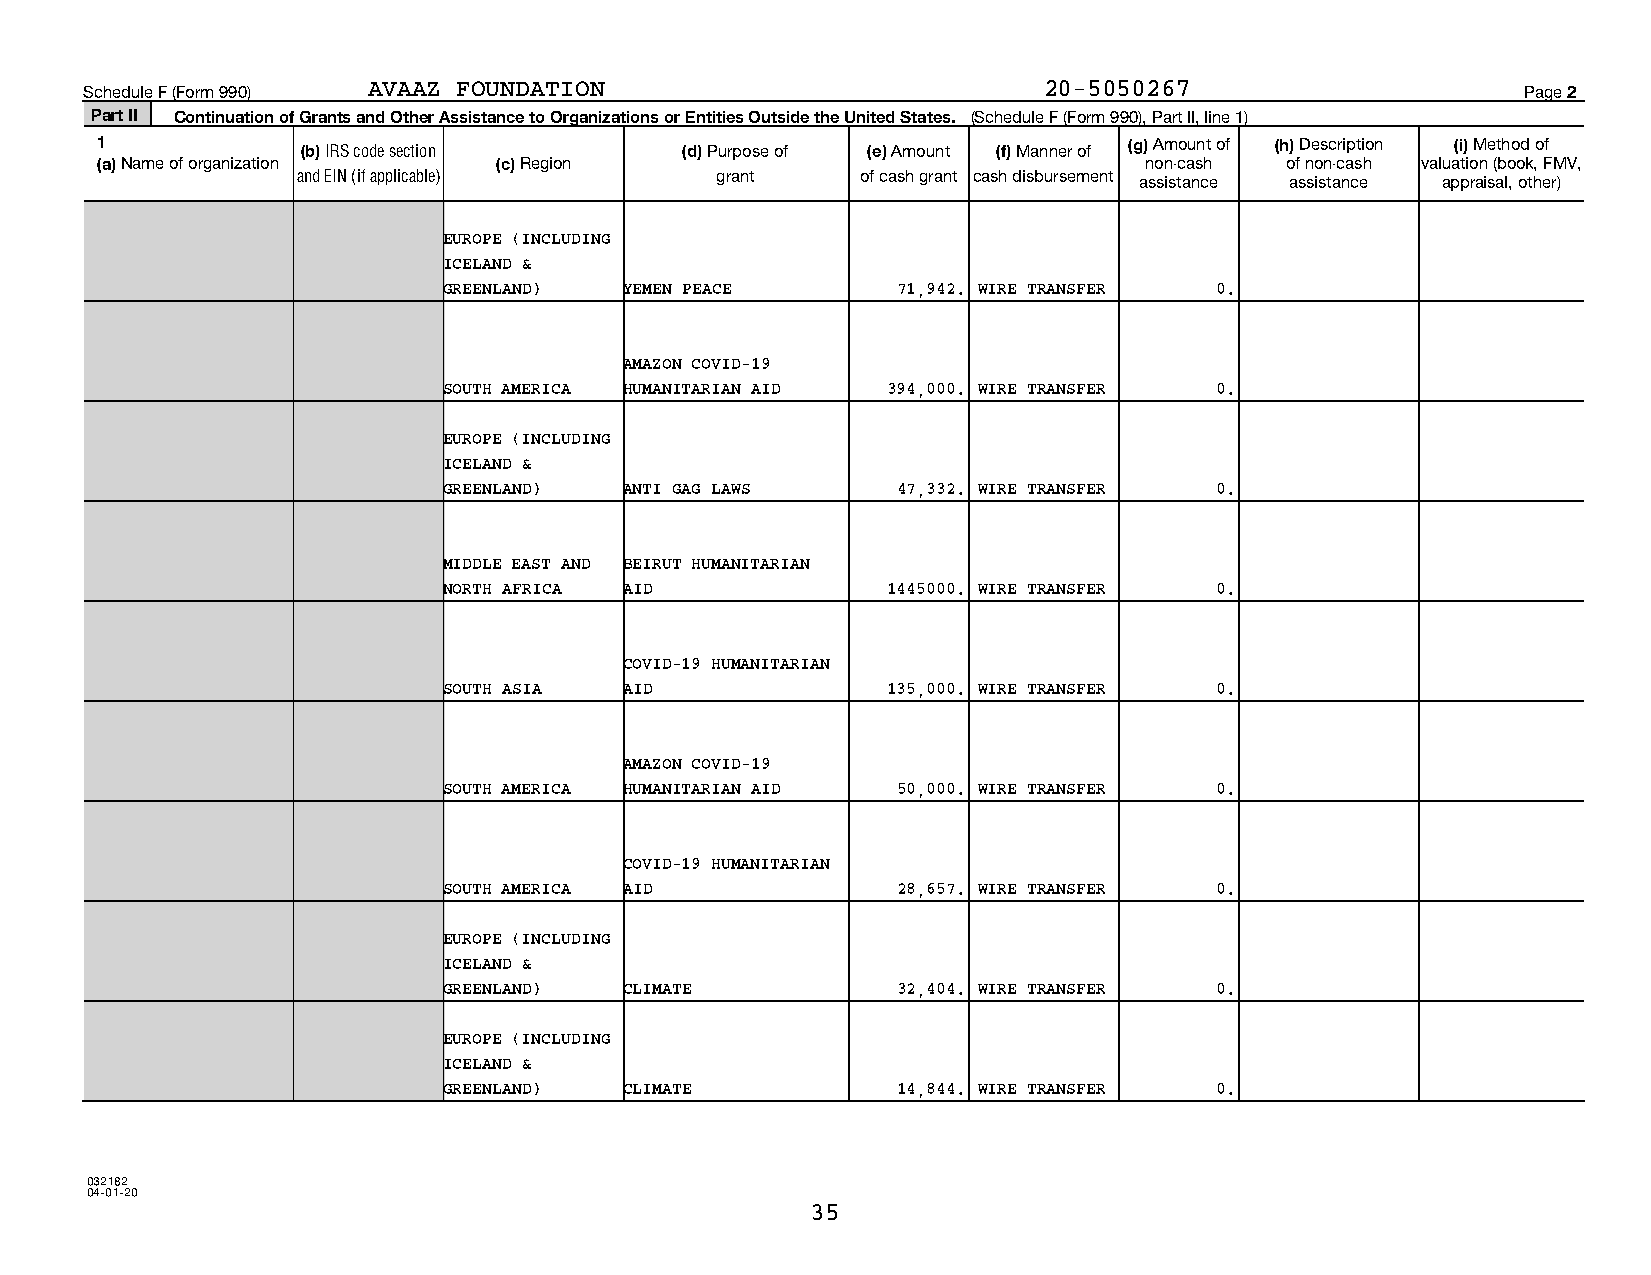
Schedule F (Form 990) AVAAZ FOUNDATION                         20-5050267                      Page 2
 Part II Continuation of Grants and Other Assistance to Organizations or Entities Outside the United States. (Schedule F (Form 990), Part II, line 1)
 1             (b) IRS code section     (d) Purpose of (e) Amount (f) Manner of (g) Amount of (h) Description (i) Method of
 (a) Name of organization   (c) Region                                 non-cash of non-cash valuation (book, FMV,
 and EIN (if applicable)    grant     of cash grant cash disbursement assistance assistance appraisal, other)
 EUROPE (INCLUDING
 ICELAND &
 GREENLAND)  YEMEN PEACE       71,942. WIRE TRANSFER 0.
 AMAZON COVID-19
 SOUTH AMERICA HUMANITARIAN AID 394,000. WIRE TRANSFER 0.
 EUROPE (INCLUDING
 ICELAND &
 GREENLAND)  ANTI GAG LAWS     47,332. WIRE TRANSFER 0.
 MIDDLE EAST AND BEIRUT HUMANITARIAN
 NORTH AFRICA AID              1445000. WIRE TRANSFER 0.
 COVID-19 HUMANITARIAN
 SOUTH ASIA  AID               135,000. WIRE TRANSFER 0.
 AMAZON COVID-19
 SOUTH AMERICA HUMANITARIAN AID 50,000. WIRE TRANSFER 0.
 COVID-19 HUMANITARIAN
 SOUTH AMERICA AID             28,657. WIRE TRANSFER 0.
 EUROPE (INCLUDING
 ICELAND &
 GREENLAND)  CLIMATE           32,404. WIRE TRANSFER 0.
 EUROPE (INCLUDING
 ICELAND &
 GREENLAND)  CLIMATE           14,844. WIRE TRANSFER 0.
 032182
 04-01-20
 35